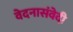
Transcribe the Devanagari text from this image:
वेदनासंवेदी